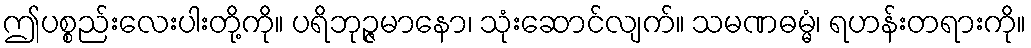
ဤပစ္စည်းလေးပါးတို့ကို။ ပရိဘုဉ္ဇမာနော၊ သုံးဆောင်လျက်။ သမဏဓမ္မံ၊ ရဟန်းတရားကို။